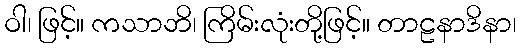
ဝါ၊ ဖြင့်။ ကသာဘိ၊ ကြိမ်းလုံးတို့ဖြင့်။ တာဠနာဒိနာ၊